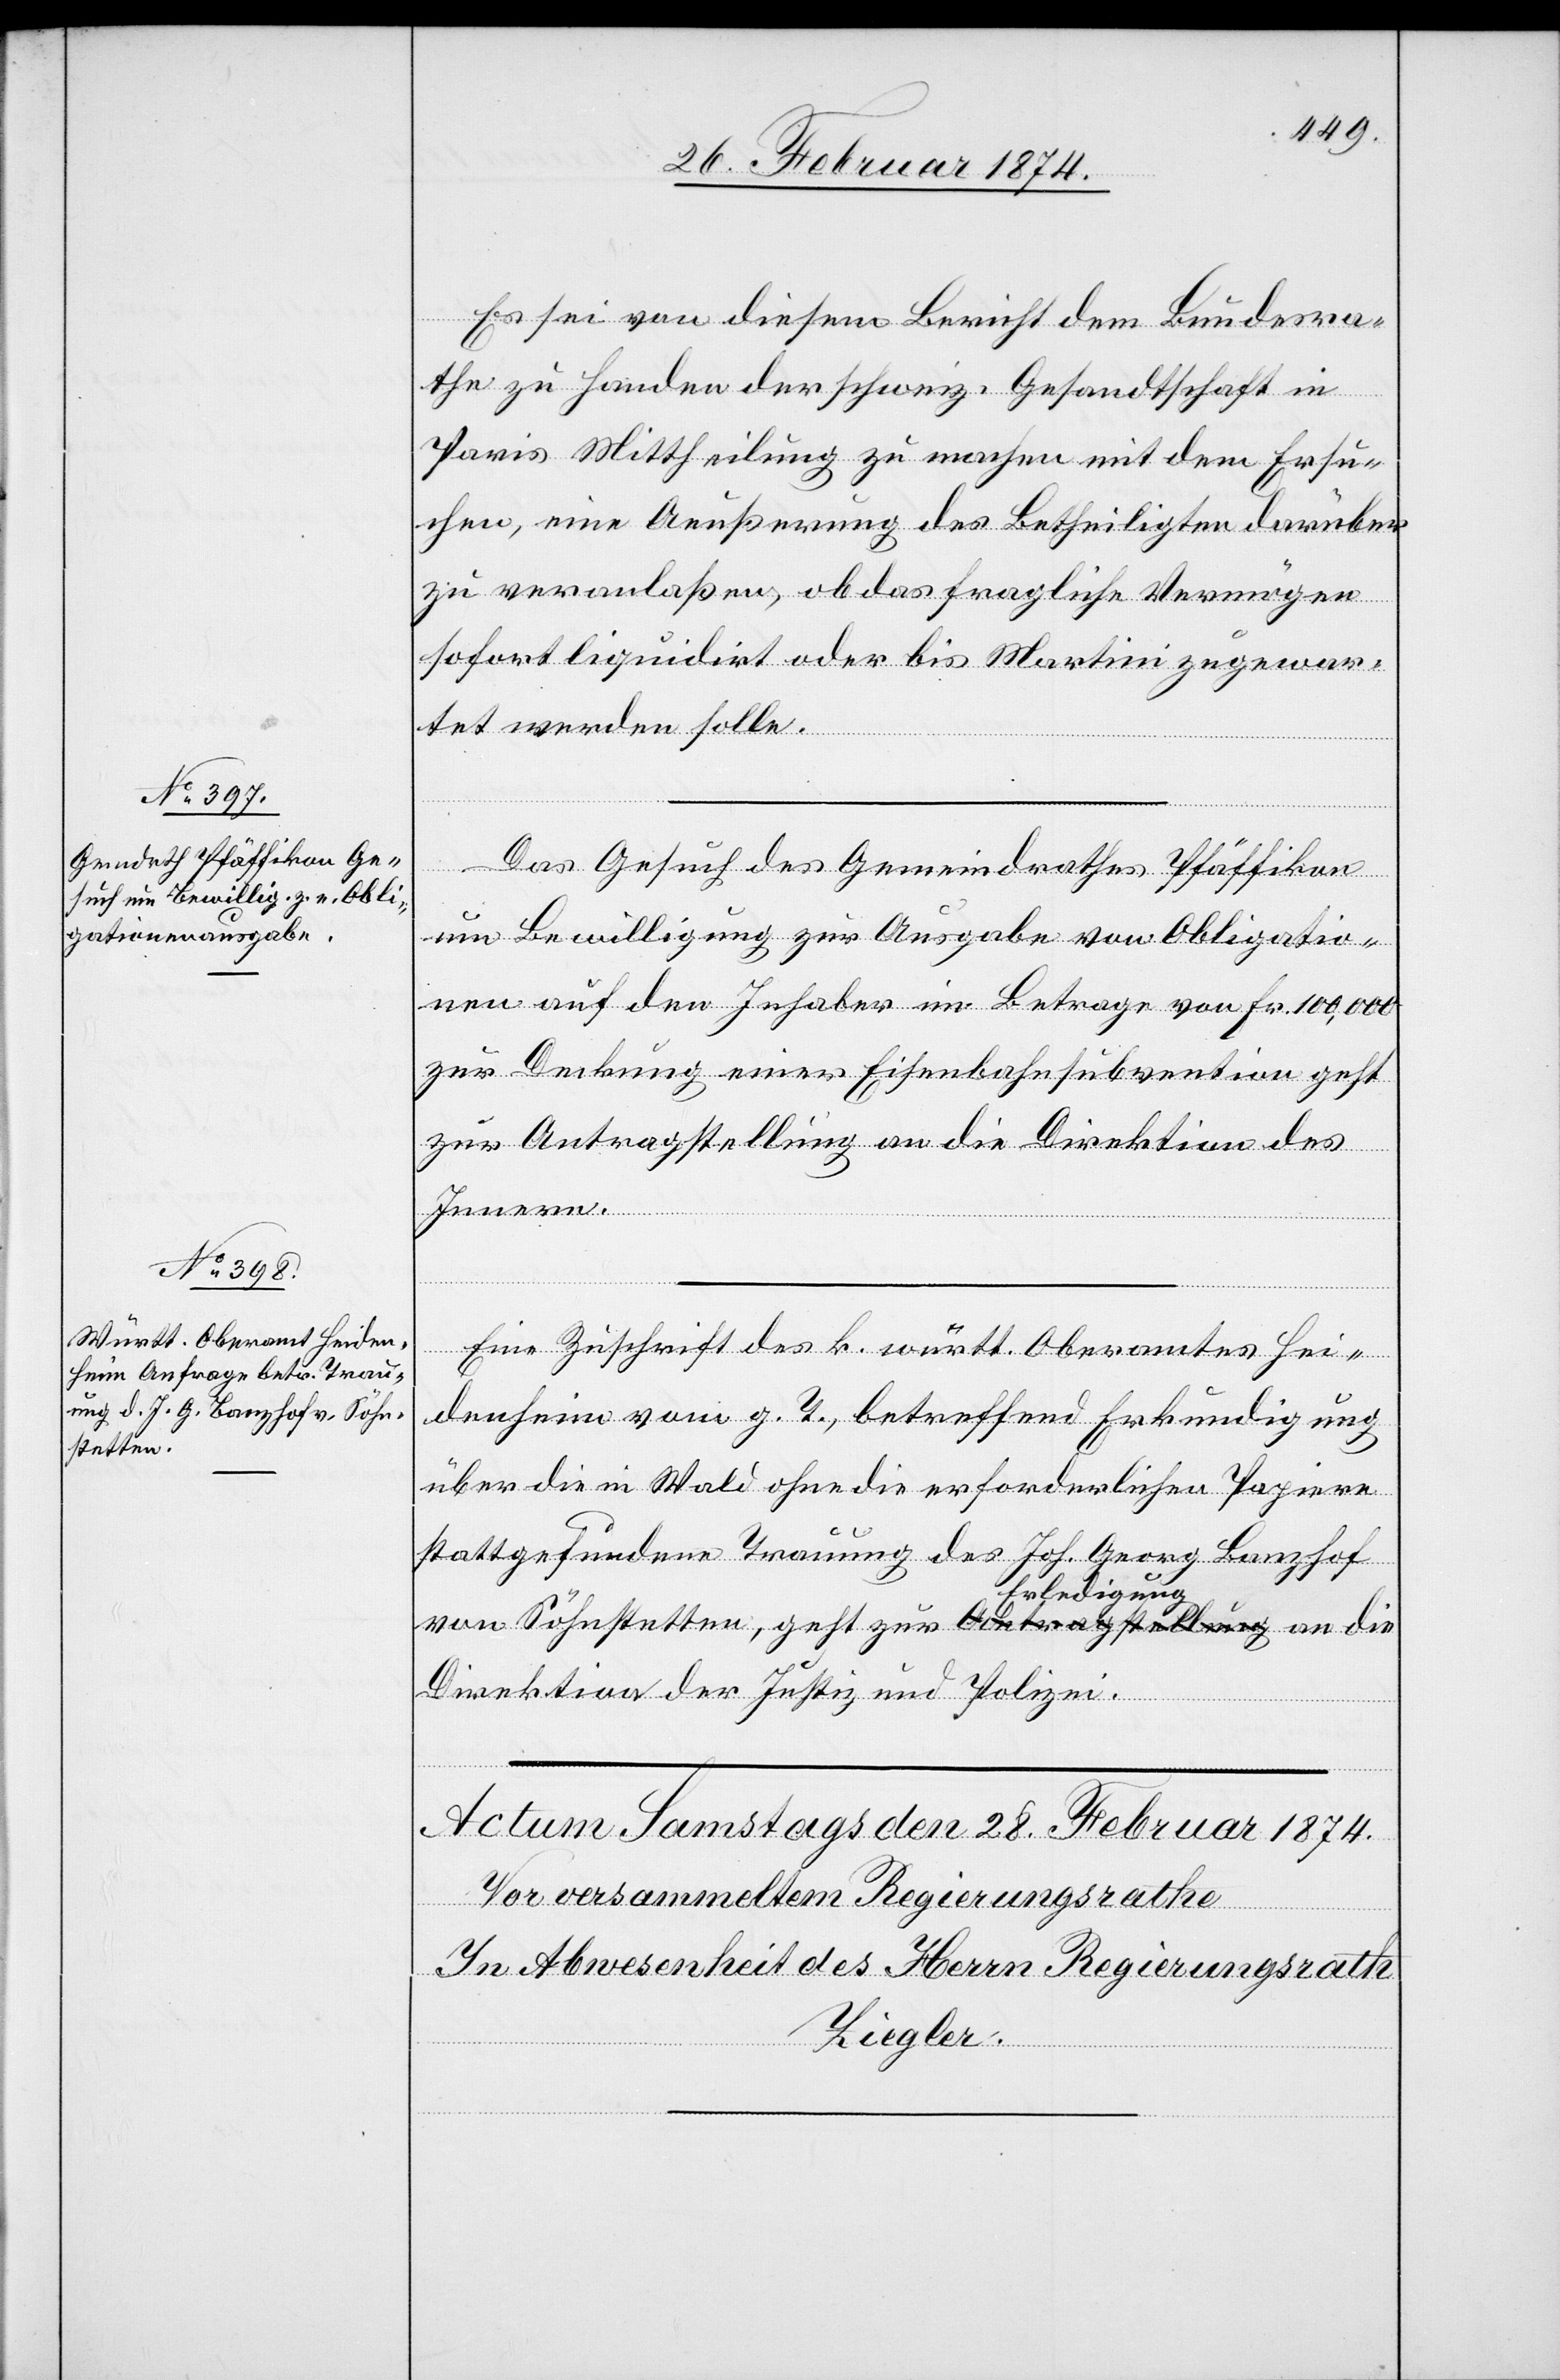
stetten,

27. Februar 1874.]
Es sei von diesem Bericht dem Bundesra¬
the zu Handen der schweiz. Gesandtschaft in
Paris Mittheilung zu machen mit dem Ersu¬
chen, eine Aeußerung des Betheiligten darüber
zu veranlaßen, ob das fragliche Vermögen
sofort liquidirt oder bis Martini zugewar¬
tet werden solle.
Söhn¬
Das Gesuch des Gemeindrathes Pfäffikon
um Bewilligung zur Ausgabe von Obligatio¬
nen auf den Inhaber im Betrage von Fr. 100,000
zur Deckung einer Eisenbahnsubvention geht
zur Antragstellung an die Direktion des
die
Innern.
Eine Zuschrift des k. württ. Oberamtes Hei¬
denheim vom g. T., betreffend Erkundigung
über die in Wald ohne die erforderlichen Papiere
stattgefundene Trauung des Joh. Georg Banzhof
Erledigung
Direktion der Justiz und Polizei.
zur